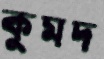
কুমদ